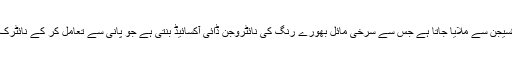
اس میں نائیٹرک آکسائیڈ کو مزید آکسیجن سے ملایا جاتا ہے جس سے سرخی مائل بھورے رنگ کی نائٹروجن ڈائی آکسائیڈ بنتی ہے جو پانی سے تعامل کر کے نائٹرک ایسڈاور نائیٹرک آکسائیڈ بناتی ہے۔